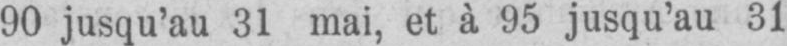
90 jusqu’au 31 mai, et à 95 jusqu’au 31